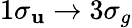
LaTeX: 1\sigma_{\mathbf{u}}\to3\sigma_{g}